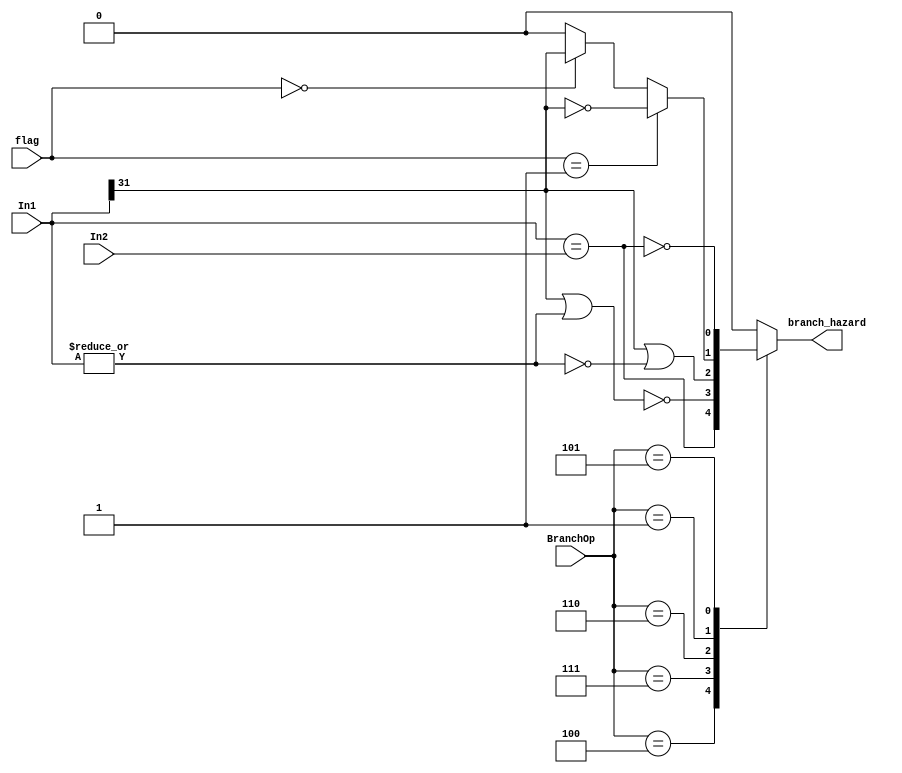
`timescale 1ns / 1ps

module Branch(In1, In2, BranchOp, flag, branch_hazard);
    input [31:0] In1, In2;
    input [2:0] BranchOp;
    input [4:0] flag;

    output reg branch_hazard;

    always @(*)
        begin
            case (BranchOp)
                3'h4:       // beq
                    branch_hazard <= In1 == In2;
                3'h7:       // bgtz
                    branch_hazard <= ~(In1[31] || | In1);
                3'h6:       // blez
                    branch_hazard <= In1[31] || ~| In1;
                3'h1:       // bgez, bltz
                    branch_hazard <= (flag == 5'b00001) ? ~In1[31] :
                        (flag == 5'b0) ? In1[31] : 0;
                3'h5:       // bne
                    branch_hazard <= ~(In1 == In2);
                default:
                branch_hazard <= 0;
            endcase
        end

endmodule